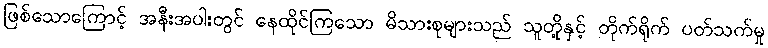
ဖြစ်သောကြောင့် အနီးအပါးတွင် နေထိုင်ကြသော မိသားစုများသည် သူတို့နှင့် တိုက်ရိုက် ပတ်သက်မှု